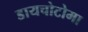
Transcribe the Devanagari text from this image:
डायचोटोमा